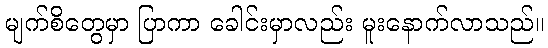
မျက်စိတွေမှာ ပြာကာ ခေါင်းမှာလည်း မူးနောက်လာသည်။